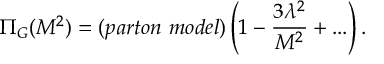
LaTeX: \Pi _ { G } ( M ^ { 2 } ) = ( p a r t o n ~ m o d e l ) \left( 1 - { \frac { 3 \lambda ^ { 2 } } { M ^ { 2 } } } + . . . \right) { } .